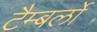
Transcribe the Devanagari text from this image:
टैम्बर्लो